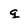
Character: g